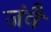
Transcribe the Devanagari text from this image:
जंवै